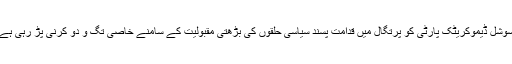
سوشل ڈیموکریٹک پارٹی کو پرتگال میں قدامت پسند سیاسی حلقوں کی بڑھتی مقبولیت کے سامنے خاصی تگ و دو کرنی پڑ رہی ہے۔